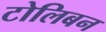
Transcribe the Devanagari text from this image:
टोलिबन